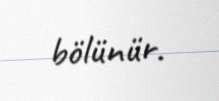
bölünür.